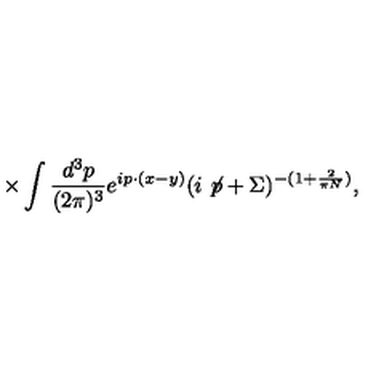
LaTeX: \times \int \frac { d ^ { 3 } p } { ( 2 \pi ) ^ { 3 } } e ^ { i p \cdot ( x - y ) } ( i \not \! p + \Sigma ) ^ { - ( 1 + \frac { 2 } { \pi N } ) } ,